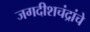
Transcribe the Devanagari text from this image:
जगदीशचंद्रांचे